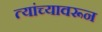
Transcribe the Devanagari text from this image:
त्यांच्यावरून